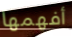
أفهمها